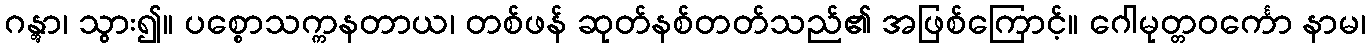
ဂန္တွာ၊ သွား၍။ ပစ္စောသက္ကနတာယ၊ တစ်ဖန် ဆုတ်နစ်တတ်သည်၏ အဖြစ်ကြောင့်။ ဂေါမုတ္တဝင်္ကော နာမ၊